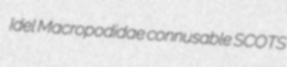
Idel Macropodidae connusable SCOTS